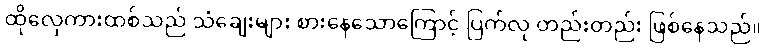
ထိုလှေကားထစ်သည် သံချေးများ စားနေသောကြောင့် ပြက်လု တည်းတည်း ဖြစ်နေသည်။